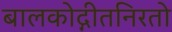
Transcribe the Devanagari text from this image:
बालकोद्गीतनिरतो